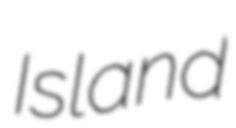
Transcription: Island